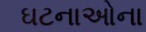
ઘટનાઓના